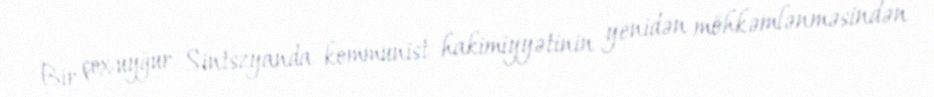
Bir çox uyğur Sintszyanda kommunist hakimiyyətinin yenidən möhkəmlənməsindən